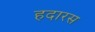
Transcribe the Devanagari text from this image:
हदारस